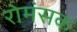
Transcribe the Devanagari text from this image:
रोमंसक